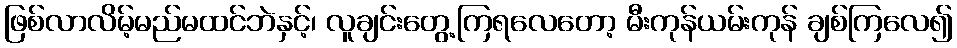
ဖြစ်လာလိမ့်မည်မထင်ဘဲနှင့်၊ လူချင်းတွေ့ကြရလေတော့ မီးကုန်ယမ်းကုန် ချစ်ကြလေ၍